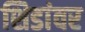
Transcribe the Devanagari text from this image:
शिडांवर